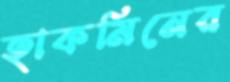
হাকমিনের